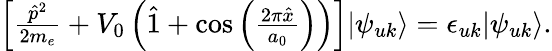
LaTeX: \begin{array}{r}{\left[\frac{\hat{p}^{2}}{2m_{e}}+V_{0}\left(\hat{1}+\cos\left(\frac{2\pi\hat{x}}{a_{0}}\right)\right)\right]|\psi_{uk}\rangle=\epsilon_{uk}|\psi_{uk}\rangle.}\end{array}